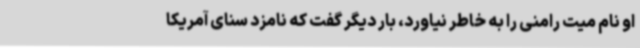
او نام میت رامنی را به خاطر نیاورد، بار دیگر گفت که نامزد سنای آمریکا